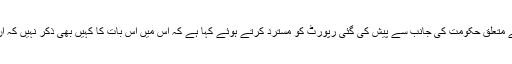
عدالت نے بلوچستان میں امن و امان اور لاپتہ افراد کی بازیابی سے متعلق حکومت کی جانب سے پیش کی گئی رپورٹ کو مسترد کرتے ہوئے کہا ہے کہ اس میں اس بات کا کہیں بھی ذکر نہیں کہ ان معاملات کو درست کرنے کے لیے کیا اقدامات کیے جائیں گے۔